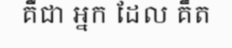
គឺជា អ្នក ដែល គឹត